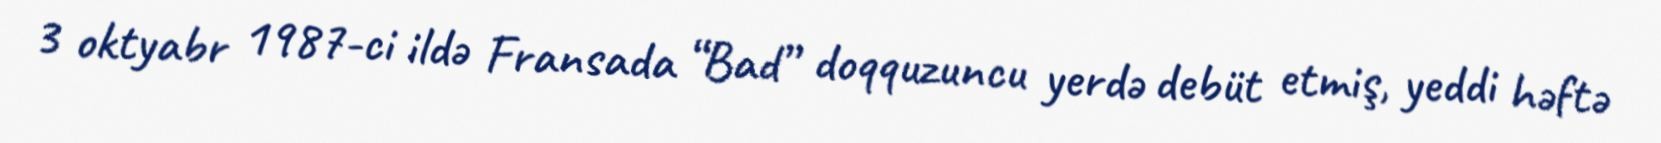
3 oktyabr 1987-ci ildə Fransada “Bad” doqquzuncu yerdə debüt etmiş, yeddi həftə